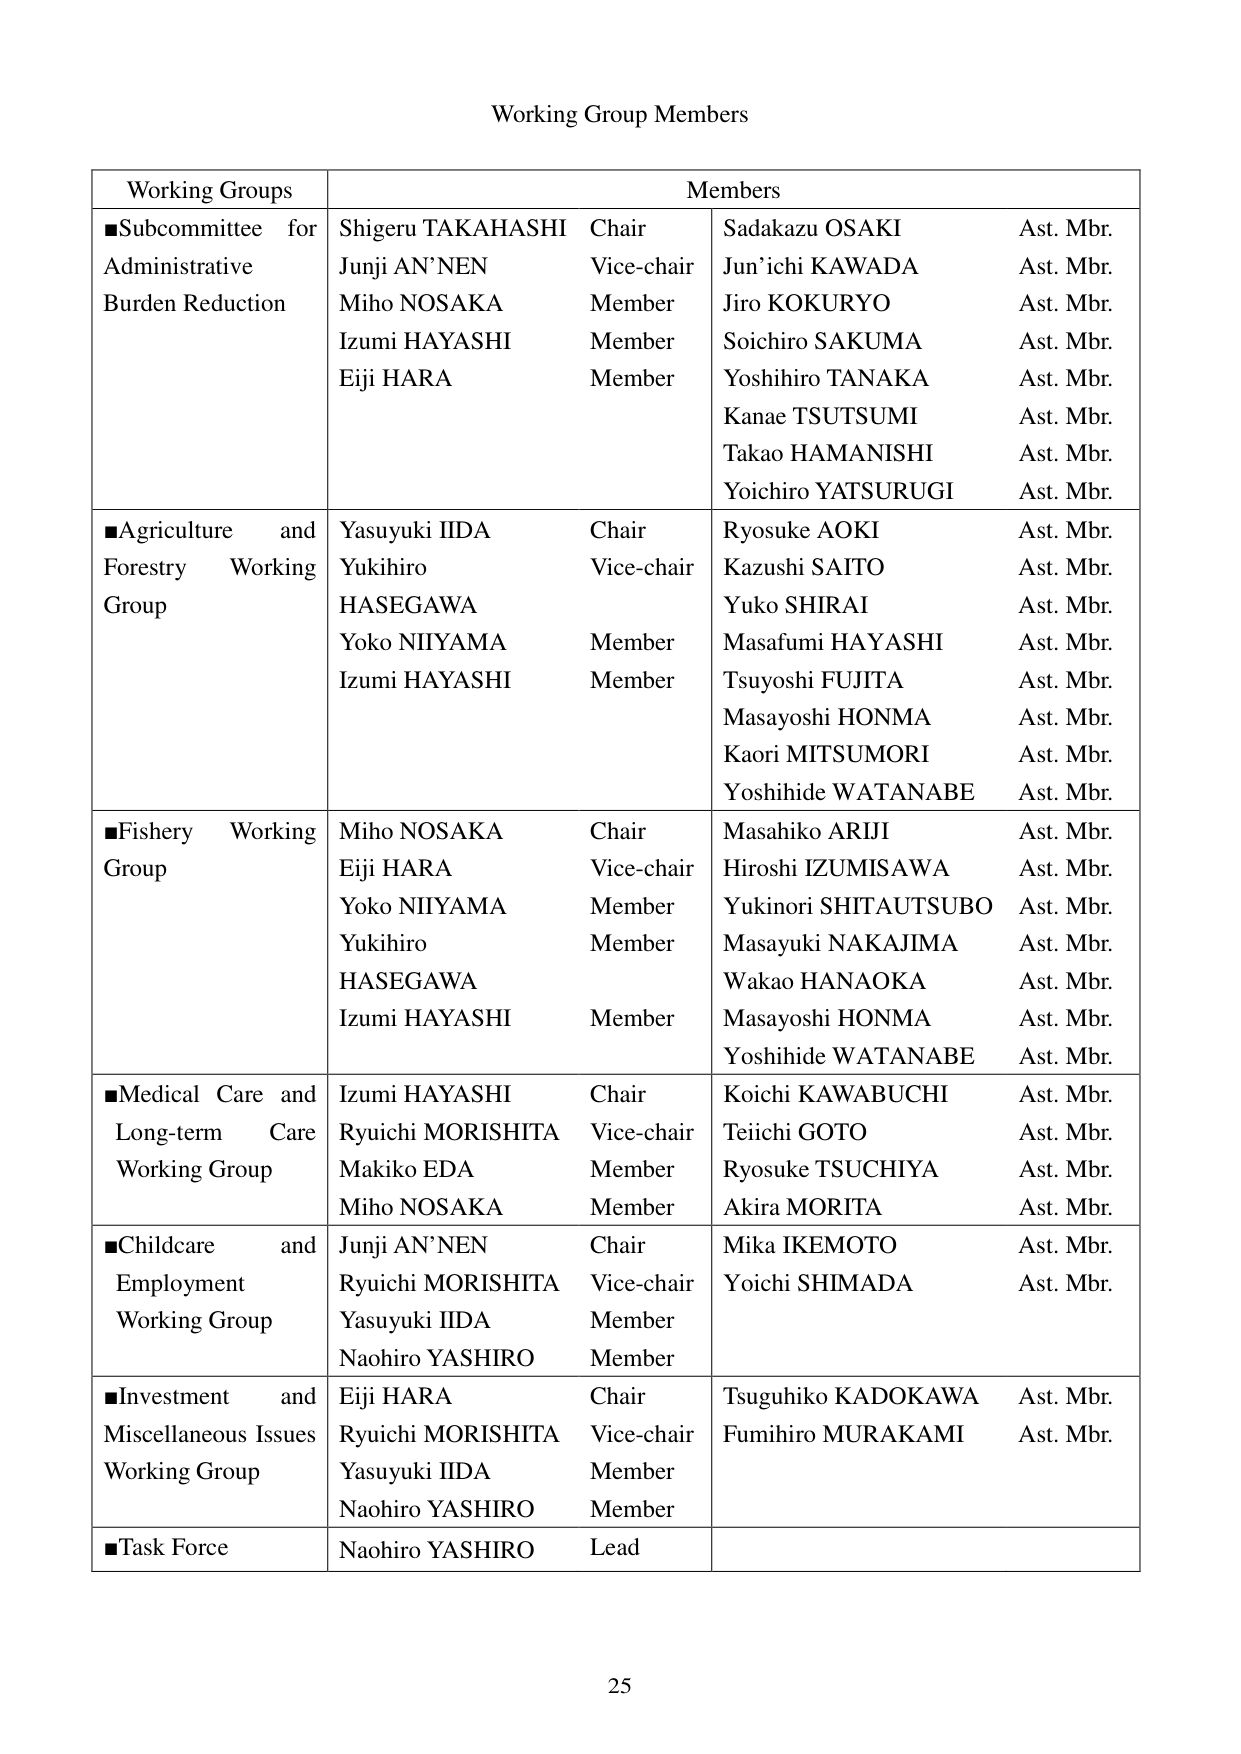
Working Group Members

Working Groups	Members
■Subcommittee for Administrative Burden Reduction	Shigeru TAKAHASHI Chair	Junji AN'NEN Vice-chair	Miho NOSAKA Member	Izumi HAYASHI Member	Eiji HARA Member	Sadakazu OSAKI Ast. Mbr.	Jun'ichi KAWADA Ast. Mbr.	Jiro KOKURYO Ast. Mbr.	Soichiro SAKUMA Ast. Mbr.	Yoshihiro TANAKA Ast. Mbr.	Kanae TSUTSUMI Ast. Mbr.	Takao HAMANISHI Ast. Mbr.	Yoichiro YATSURUGI Ast. Mbr.
■Agriculture and Forestry Working Group	Yasuyuki IIDA Chair	Yukihiro HASEGAWA Vice-chair	Yoko NIYAMA Member	Izumi HAYASHI Member	Ryosuke AOKI Ast. Mbr.	Kazushi SAITO Ast. Mbr.	Yuko SHIRAI Ast. Mbr.	Masafumi HAYASHI Ast. Mbr.	Tsuyoshi FUJITA Ast. Mbr.	Masayoshi HONMA Ast. Mbr.	Kaori MITSUMORI Ast. Mbr.	Yoshihide WATANABE Ast. Mbr.
■Fishery Working Group	Miho NOSAKA Chair	Eiji HARA Vice-chair	Yoko NIYAMA Member	Yukihiro HASEGAWA Member	Izumi HAYASHI Member	Masahiko ARIJI Ast. Mbr.	Hiroshi IZUMISAWA Ast. Mbr.	Yukinori SHITAUTSUBO Ast. Mbr.	Masayuki NAKAJIMA Ast. Mbr.	Wakao HANAOKA Ast. Mbr.	Masayoshi HONMA Ast. Mbr.	Yoshihide WATANABE Ast. Mbr.
■Medical Care and Long-term Care Working Group	Izumi HAYASHI Chair	Ryuichi MORISHITA Vice-chair	Makiko EDA Member	Miho NOSAKA Member	Koichi KAWABUCHI Ast. Mbr.	Teiichi GOTO Ast. Mbr.	Ryosuke TSUCHIYA Ast. Mbr.	Akira MORITA Ast. Mbr.
■Childcare and Employment Working Group	Junji AN'NEN Chair	Ryuichi MORISHITA Vice-chair	Yasuyuki IIDA Member	Naohiro YASHIRO Member	Mika IKEMOTO Ast. Mbr.	Yoichi SHIMADA Ast. Mbr.
■Investment and Miscellaneous Issues Working Group	Eiji HARA Chair	Ryuichi MORISHITA Vice-chair	Yasuyuki IIDA Member	Naohiro YASHIRO Member	Tsuguhiko KADOKAWA Ast. Mbr.	Fumihiro MURAKAMI Ast. Mbr.
■Task Force	Naohiro YASHIRO Lead

25